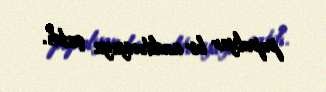
populyar bir auditoriyaya çatdı.